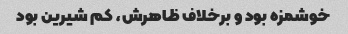
خوشمزه بود و برخلاف ظاهرش، کم شیرین بود